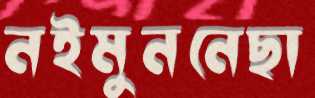
নইমুননেছা